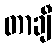
တာချီ